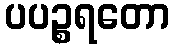
ပပဉ္စရတော